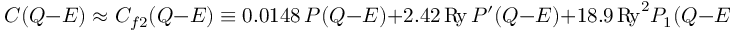
C ( Q { - } E ) \approx C _ { f 2 } ( Q { - } E ) \equiv 0 . 0 1 4 8 \, P ( Q { - } E ) + 2 . 4 2 \, \mathrm { R \! y } \, P ^ { \prime } ( Q { - } E ) + 1 8 . 9 \, \mathrm { R \! y } ^ { 2 } P _ { 1 } ( Q { - } E ) \, .